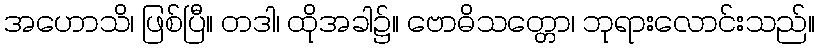
အဟောသိ၊ ဖြစ်ပြီ။ တဒါ၊ ထိုအခါ၌။ ဗောဓိသတ္တော၊ ဘုရားလောင်းသည်။